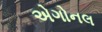
એગોનલ